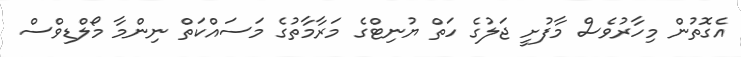
އެގޮތުން މިހާރުވެސް މާފުށީ ޖަލުގެ ހަތް ޔުނިޓްގެ މަރާމާތުގެ މަސައްކަތް ނިންމާ މޯލްޑިވްސް